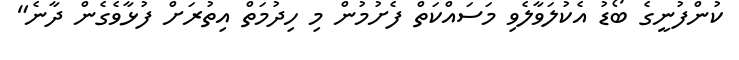
ކުންފުނީގެ ބޯޑު އެކުލަވާލެވި މަސައްކަތް ފެށުމުން މި ހިދުމަތް އިތުރަށް ފުޅާވެގެން ދާނެ"